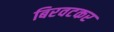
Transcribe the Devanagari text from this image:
बिरवटकर